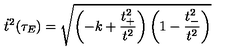
\dot { t } ^ { 2 } ( \tau _ { E } ) = \sqrt { \left( - k + \frac { t _ { + } ^ { 2 } } { t ^ { 2 } } \right) \left( 1 - \frac { t _ { - } ^ { 2 } } { t ^ { 2 } } \right) }